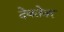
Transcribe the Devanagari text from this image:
देवतेवर